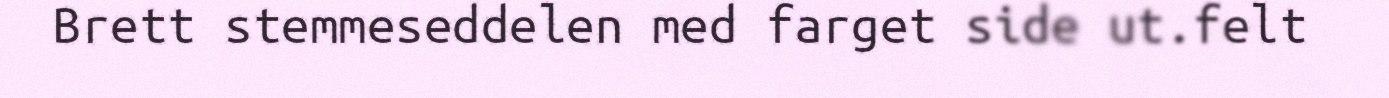
Brett stemmeseddelen med farget side ut.felt